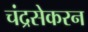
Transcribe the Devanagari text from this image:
चंद्रसेकरन